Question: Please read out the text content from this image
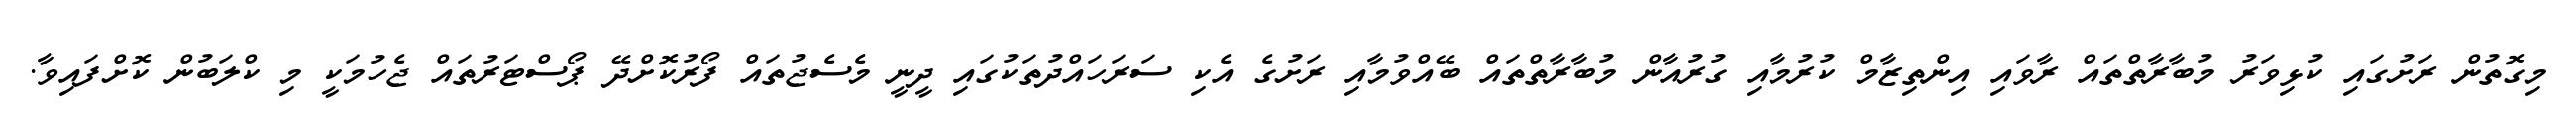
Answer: މިގޮތުން ރަށުގައި ކުޅިވަރު މުބާރާތްތައް ރާވައި އިންތިޒާމް ކުރުމާއި ގުރުއާން މުބާރާތްތައް ބޭއްވުމާއި ރަށުގެ އެކި ސަރަހައްދުތަކުގައި ދީނީ މެސެޖުތައް ފޯރުކޮށްދޭ ޕޯސްޓަރުތައް ޖެހުމަކީ މި ކްލަބުން ކޮށްފައިވާ.